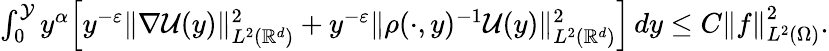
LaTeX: \begin{array}{r}{\int_{0}^{\mathcal{Y}}{y^{\alpha}\Big[y^{-\varepsilon}\| \nabla\mathcal{U}(y)\| _{L^{2}(\mathbb{R}^{d})}^{2}+y^{-\varepsilon}\| \rho(\cdot,y)^{-1}\mathcal{U}(y)\| _{L^{2}(\mathbb{R}^{d})}^{2}\Big]\, dy}\leq C\left\| f\right\| _{L^{2}(\Omega)}^{2}.}\end{array}